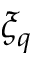
\xi _ { q }